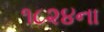
૧૮૨૪ના